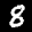
Label: 8